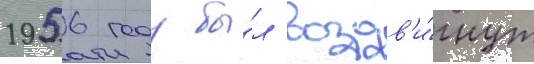
1956 году бы́л воздв'и́гнут